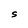
Character: S